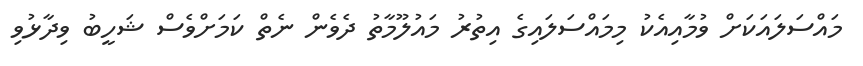
މައްސަލައަކަށް ވުމާއިއެކު މިމައްސަލައިގެ އިތުރު މައުލޫމާތު ދެވެން ނެތް ކަމަށްވެސް ޝަހީބު ވިދާޅުވި